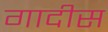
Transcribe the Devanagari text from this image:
गादीस